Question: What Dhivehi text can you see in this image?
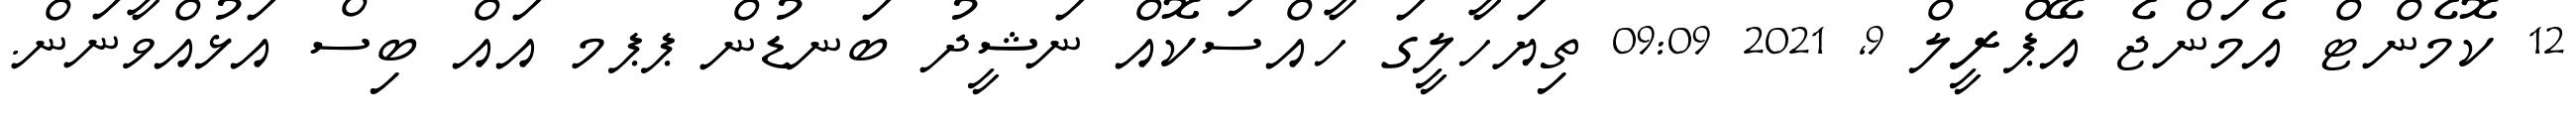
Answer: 12 ކޮމެންޓް އެމަންޖެ އޭޕްރީލް 9, 2021 09:09 ތިޔަހާލީގަ ހާއްސަކޮއް ނަޝީދު ބަނޑުން ޕޕމ އައް ބިސް އަޅުއްވާނަން.